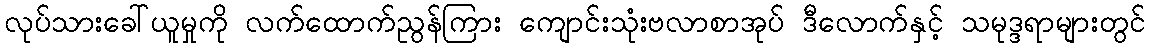
လုပ်သားခေါ်ယူမှုကို လက်ထောက်ညွန်ကြား ကျောင်းသုံးဗလာစာအုပ် ဒီလောက်နှင့် သမုဒ္ဒရာများတွင်